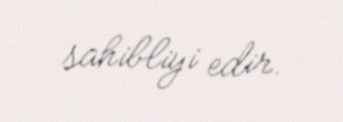
sahibliyi edir.